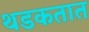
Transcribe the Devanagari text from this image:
थडकतात